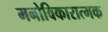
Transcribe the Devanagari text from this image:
मनोविकारात्मक